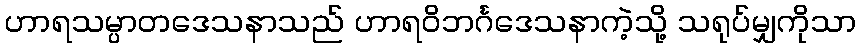
ဟာရသမ္ပာတဒေသနာသည် ဟာရဝိဘင်္ဂဒေသနာကဲ့သို့ သရုပ်မျှကိုသာ